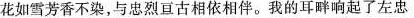
花如雪芳香不染，与忠烈亘古相依相伴。我的耳畔响起了左忠